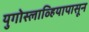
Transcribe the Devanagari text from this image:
युगोस्लाव्हियापासून